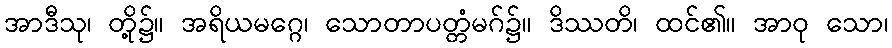
အာဒီသု၊ တို့၌။ အရိယမဂ္ဂေ၊ သောတာပတ္တံမဂ်၌။ ဒိဿတိ၊ ထင်၏။ အာဝု သော၊